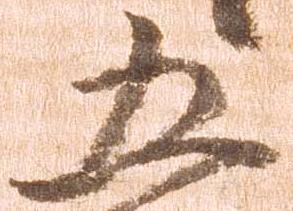
五